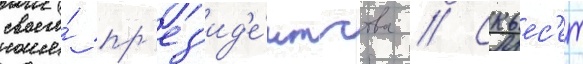
своего́ пр'ез'ид'е́нтства // Скьес'ет